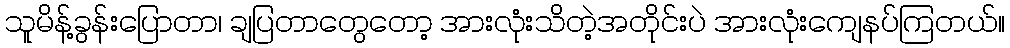
သူမိန့်ခွန်းပြောတာ၊ ချပြတာတွေတော့ အားလုံးသိတဲ့အတိုင်းပဲ အားလုံးကျေနပ်ကြတယ်။